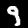
Label: 9